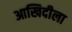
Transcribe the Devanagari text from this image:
आखिदीला